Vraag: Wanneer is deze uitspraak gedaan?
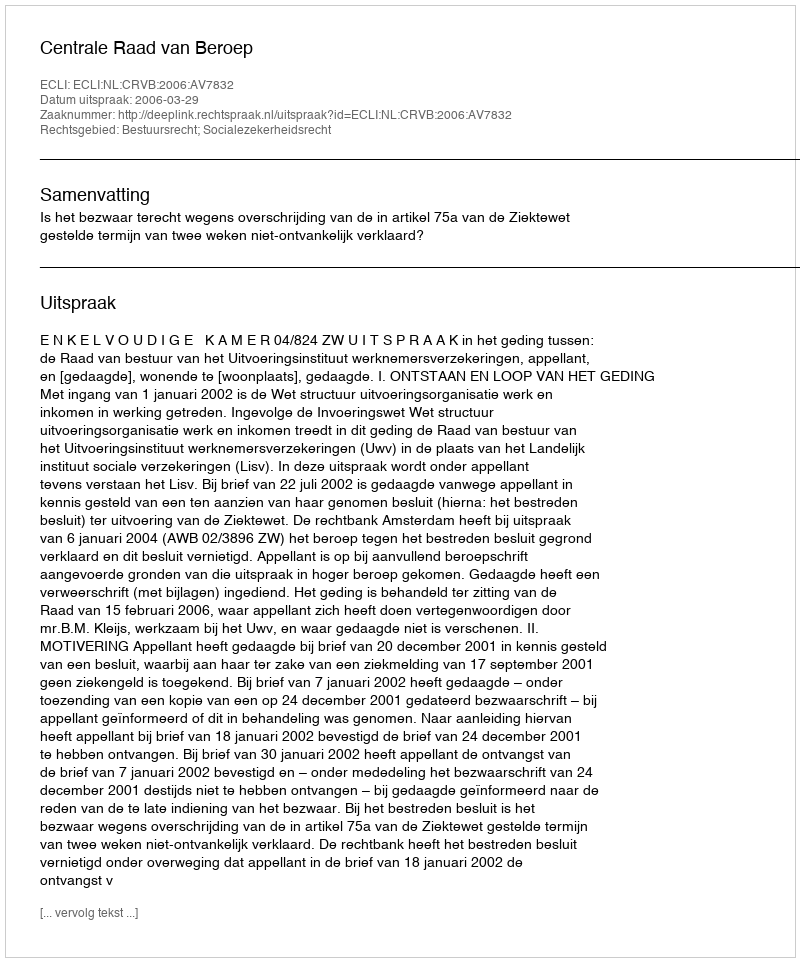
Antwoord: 2006-03-29